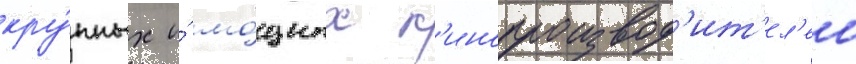
кру́пных и́ мо́щных к'инопроизвод'ит'ел'еи